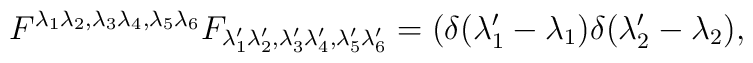
F^{\lambda_1 \lambda_2 , \lambda_3 \lambda_4 , \lambda_5 \lambda_6}F_{\lambda'_1 \lambda'_2 , \lambda'_3 \lambda'_4 , \lambda'_5 \lambda'_6}=\left(\delta (\lambda'_1-\lambda_1)\delta (\lambda'_2-\lambda_2),\right.